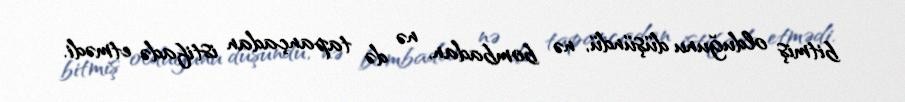
bitmiş olduğunu düşündü, nə bombadan, nə də tapançadan istifadə etmədi.